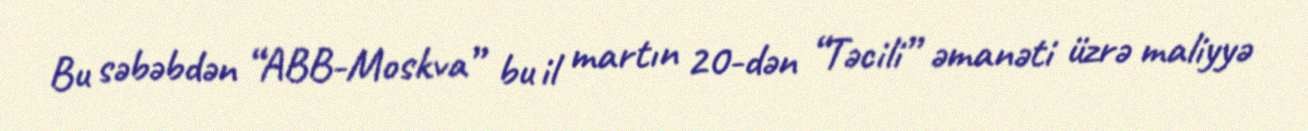
Bu səbəbdən “ABB-Moskva” bu il martın 20-dən “Təcili” əmanəti üzrə maliyyə